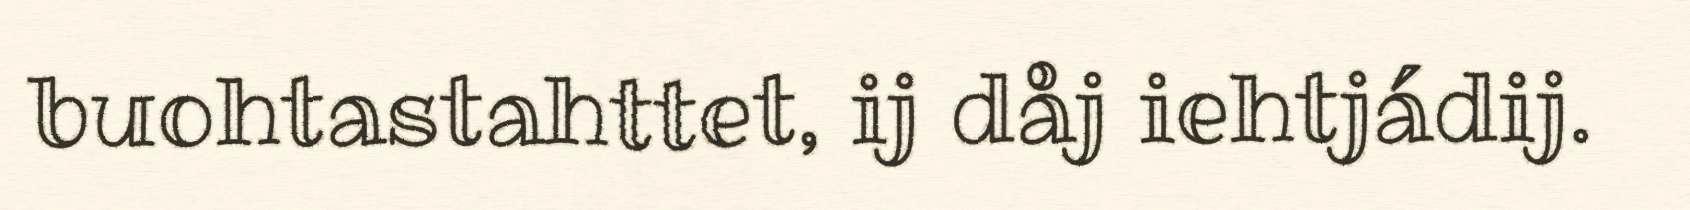
buohtastahttet, ij dåj iehtjádij.